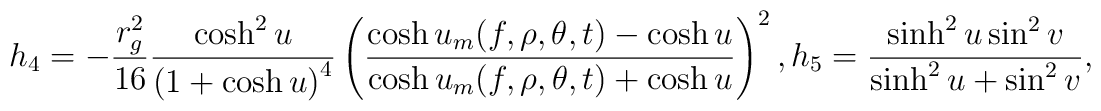
h_4 = -\frac{r_g^2}{16}\frac{\cosh ^2u}{\left( 1+\cosh u\right) ^4}\left(\frac{\cosh u_m(f,\rho ,\theta ,t)-\cosh u}{\cosh u_m(f,\rho ,\theta,t)+\cosh u}\right) ^2, h_5 = \frac{\sinh ^2u\sin ^2v}{\sinh ^2u+\sin ^2v},